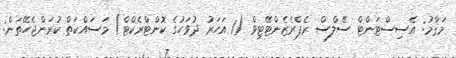
މަޤާމު: އެސިސްޓަންޓް ސޭލްސް ރެޕްރެޒެންޓޭޓިވް (1 އަހަރު ދުވަހުގެ ކޮންޓްރެކްޓް) މަސައްކަތް ކުރަންޖެހޭތަން: